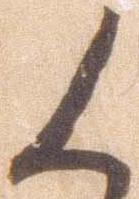
人